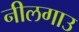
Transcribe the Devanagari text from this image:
नीलगाउ